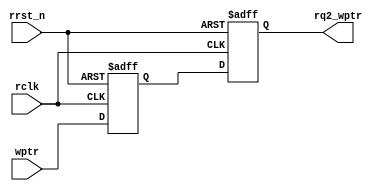
module sync_w2r #(
    parameter ADDR_WIDTH = 3
)
(
    input                       rclk, 
    input                       rrst_n,
    input       [ADDR_WIDTH:0]  wptr,       // 
    output  reg [ADDR_WIDTH:0]  rq2_wptr    // 
);
 
reg [ADDR_WIDTH:0] rq1_wptr;
 
always @(posedge rclk or negedge rrst_n) begin
    if(!rrst_n) begin
        rq1_wptr <= {ADDR_WIDTH{1'b0}};
        rq2_wptr <= {ADDR_WIDTH{1'b0}};
    end else begin
        rq1_wptr <= wptr;
        rq2_wptr <= rq1_wptr;
    end
end
        
endmodule